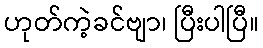
ဟုတ်ကဲ့ခင်ဗျာ၊ ပြီးပါပြီ။